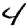
Digit: 4